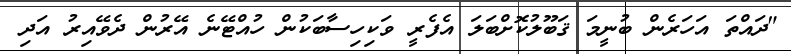
"ދައްތަ އަހަރެން ބުނީމަ ޤަބޫލުކޮށްބަލަ އެފެރީ ވަކިހިސާބަކުން ހުއްޓޭނެ އޭރުން ދެވޭއިރު އަދި